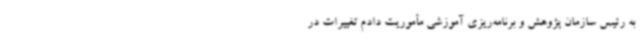
به رئیس سازمان پژوهش و برنامه‌ریزی آموزشی مأموریت دادم تغییرات در